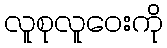
လူစုလူဝေးကို